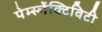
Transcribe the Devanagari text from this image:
पेर्म्स्लेक्टिविटी